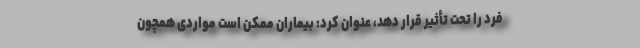
فرد را تحت تأثیر قرار دهد، عنوان کرد: بیماران ممکن است مواردی همچون